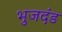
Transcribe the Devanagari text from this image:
भुजदंड